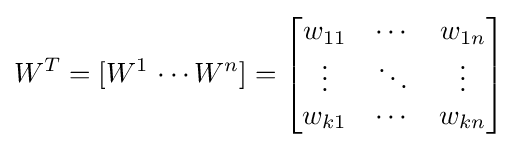
W^{T}=[W^{1}\,\cdots W^{n}]={\begin{bmatrix}w_{11}&\cdots &w_{1n}\\\vdots &\ddots &\vdots \\w_{k1}&\cdots &w_{kn}\end{bmatrix}}